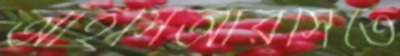
আইসিআরসিতে